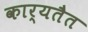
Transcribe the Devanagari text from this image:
कार्यतैत